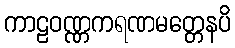
ကာဠဝဏ္ဏကရဏမတ္တေနပိ